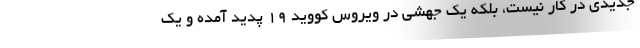
جدیدی در کار نیست، بلکه یک جهشی در ویروس کووید ۱۹ پدید آمده و یک